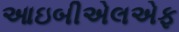
આઇબીએલએફ